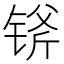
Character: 𲈇